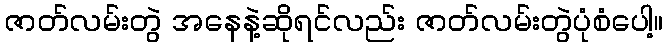
ဇာတ်လမ်းတွဲ အနေနဲ့ဆိုရင်လည်း ဇာတ်လမ်းတွဲပုံစံပေါ့။